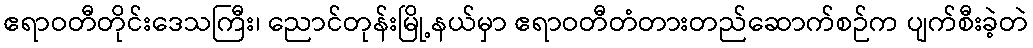
ဧရာဝတီတိုင်းဒေသကြီး၊ ညောင်တုန်းမြို့နယ်မှာ ဧရာဝတီတံတားတည်ဆောက်စဉ်က ပျက်စီးခဲ့တဲ